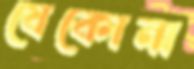
যেকোনা